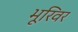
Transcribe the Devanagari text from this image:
भूरिवर